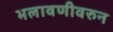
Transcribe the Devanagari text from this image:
भलावणीवरुन